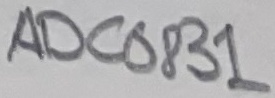
Text: ADC0831